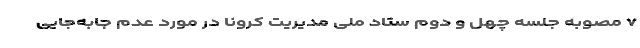
۷ مصوبه جلسه چهل و دوم ستاد ملی مدیریت کرونا در مورد عدم جابه‌جایی